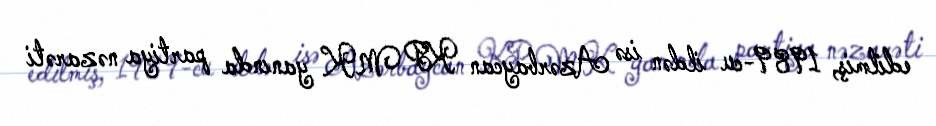
edilmiş, 1989-cu ildən isə Azərbaycan KP MK yanında partiya nəzarəti